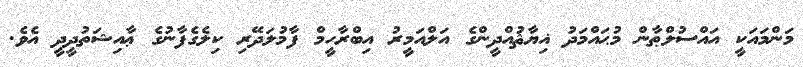
މަންމައަކީ އައްސުލްޠާން މުޙައްމަދު ޣިޔާޘުއްދީންގެ އަލްއަމީރު އިބްރާހީމް ފާމުލަދޭރި ކިލެގެފާނުގެ ޢާއިޝަތުދީދީ އެވެ.